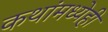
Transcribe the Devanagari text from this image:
कथांमध्येही